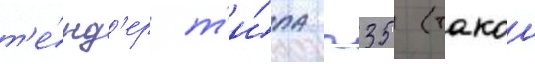
т'е́нд'ер т'и́па п35 (такои